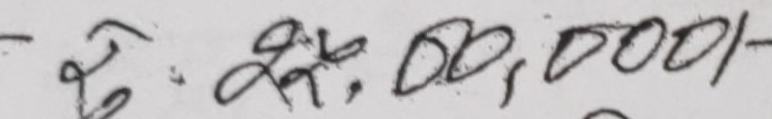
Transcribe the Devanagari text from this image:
रु. २५,००,०००/-